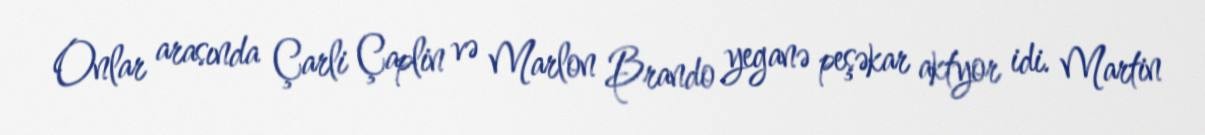
Onlar arasında Çarli Çaplin və Marlon Brando yeganə peşəkar aktyor idi. Martin